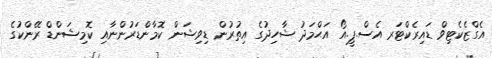
އެގްޒެކެޓިވް ޑައިރެކްޓަރ އެސް.ޕީ.އޯ އަޙްމަދު ޝާހިދުގެ އިތުރުން ޑިވިޝަން ކޮމާންޑަރުންނާއި ކޮމިޝަންޑް ރޭންކުގެ